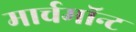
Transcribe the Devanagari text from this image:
मार्चमाॅन्ट